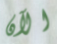
الآن